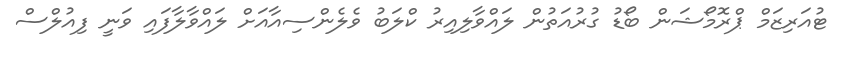
ޓުއަރިޒަމް ޕްރޮމޯޝަން ބޯޑު ގުރުއަތުން ލައްވާލިއިރު ކްލަބު ވެލެންސިއާއަށް ލައްވާލާފައި ވަނީ ފިއުލްސް